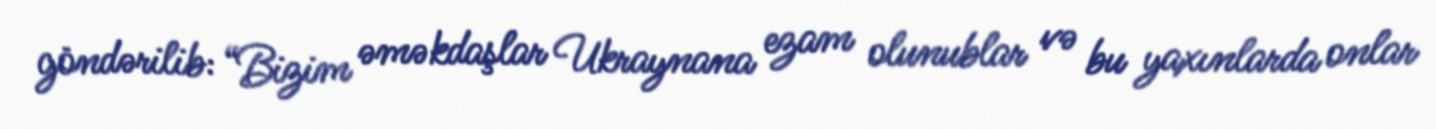
göndərilib: “Bizim əməkdaşlar Ukraynana ezam olunublar və bu yaxınlarda onlar